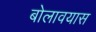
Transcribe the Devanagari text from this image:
बोलावयास